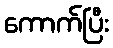
ကောက်ပြီး